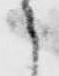
之